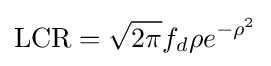
\mathrm {LCR} ={\sqrt {2\pi }}f_{d}\rho e^{-\rho ^{2}}